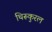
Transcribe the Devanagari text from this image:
थिरूकुरल